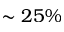
\sim 2 5 \%